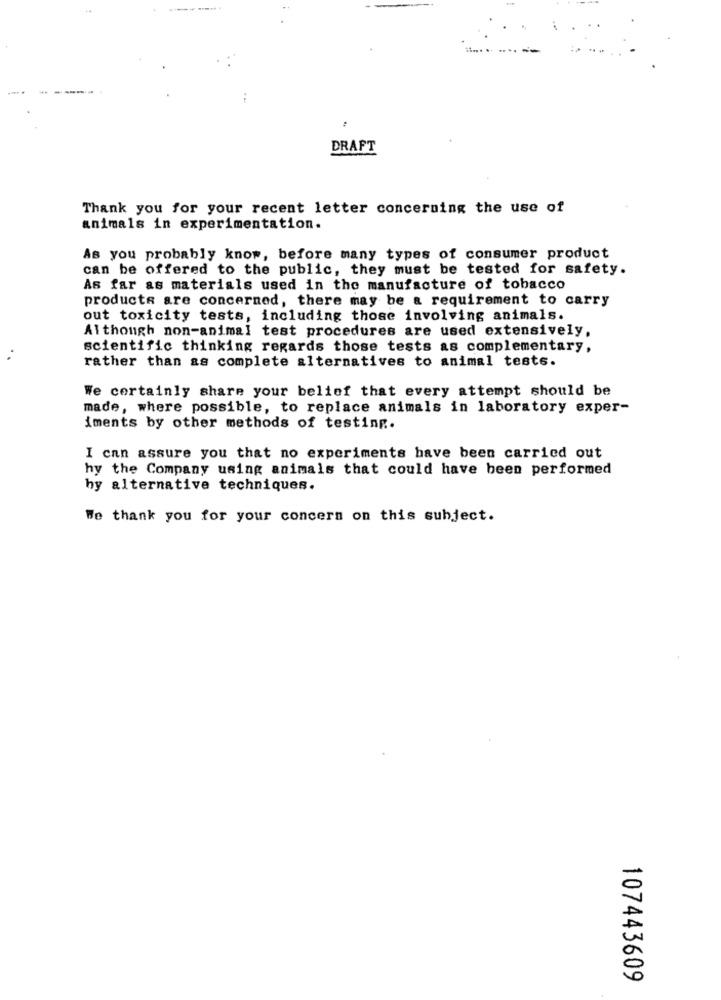
:
DRAFT
Thank you for your recent letter concerning the use of
animals in experimentation.
As you probably know, before many types of consumer product
can be offered to the public, they must be tested for safety.
As far as materials used in the manufacture of tobacco
products are concerned, there may be a requirement to carry
out toxicity tests, including those involving animals.
Although non-animal test procedures are used extensively.
scientific thinking regards those tests as complementary,
..
rather than as complete alternatives to animal tests.
We certainly share your belief that every attempt should be
made, where possible, to replace animals in laboratory exper-
iments by other methods of testing.
I can assure you that no experiments have been carried out
hy the Company using animals that could have been performed
hy alternative techniques.
We thank you for your concern on this subject.
107443609